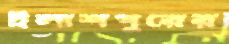
ইলাশপুরের